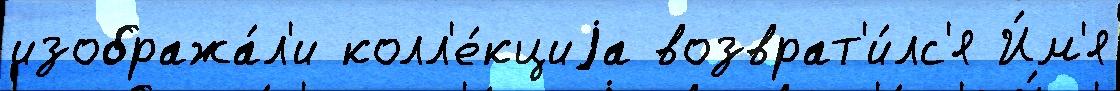
изобража́л'и колл'е́кциjа возврат'и́лс'я И́м'я